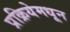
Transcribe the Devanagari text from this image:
प्रक्रियेमधून